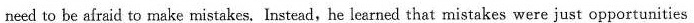
need to he afraid to make mistakes, Instead,he learned that mistakes were just opportunities